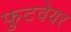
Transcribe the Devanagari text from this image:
फुटवेयर